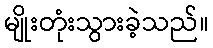
မျိုးတုံးသွားခဲ့သည်။